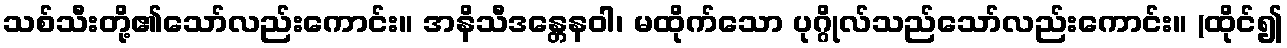
သစ်သီးတို့၏သော်လည်းကောင်း။ အနိသီဒန္တေနဝါ၊ မထိုက်သော ပုဂ္ဂိုလ်သည်သော်လည်းကောင်း။ (ထိုင်၍